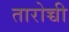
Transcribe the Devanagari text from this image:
तारोच्ची